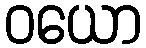
ဝယော